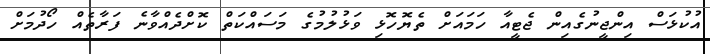
އުކުޅަސް އިންޖީނުގެއިން ޖެޓީއާ ހަމައަށް ތެޔޮހޮޅި ވަޅުލުމުގެ މަސައްކަތް ކޮށްދެއްވާނެ ފަރާތެއް ހޯދުމަށް